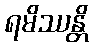
ရမိဿန္တိ